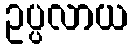
ဥပ္ပလာယ